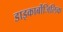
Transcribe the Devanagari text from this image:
डाइकार्बोजिलिक